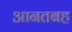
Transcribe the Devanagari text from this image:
आनतबह